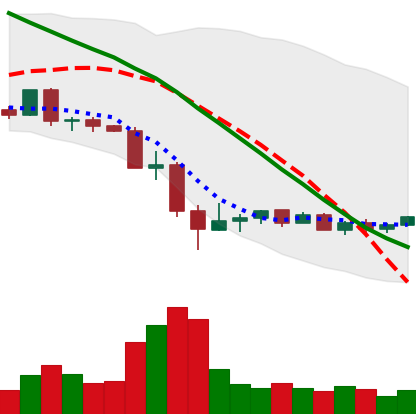
Ticker: EOS-USD
Chart end date: 2022-05-22
Forward return: -10.934%
Label: down_7plus